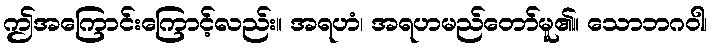
ဤအကြောင်းကြောင့်လည်း။ အရဟံ၊ အရဟမည်တော်မူ၏။ သောဘဂဝါ၊